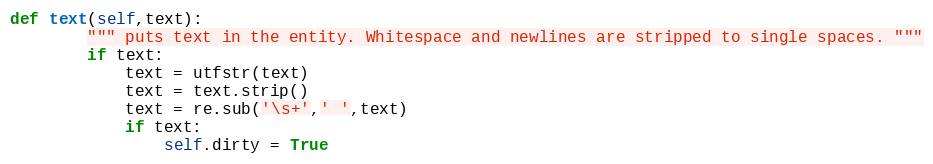
Language: Python
def text(self,text):
        """ puts text in the entity. Whitespace and newlines are stripped to single spaces. """
        if text:
            text = utfstr(text)
            text = text.strip()
            text = re.sub('\s+',' ',text)
            if text:
                self.dirty = True